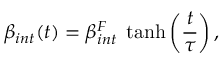
\beta _ { i n t } ( t ) = \beta _ { i n t } ^ { F } \; \operatorname { t a n h } \left( \frac { t } { \tau } \right) ,